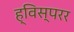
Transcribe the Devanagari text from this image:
ह्विस्परर